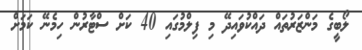
ލޯބީގެ މަންޒަރުތައް ދައްކުވައިދޭ މި ފިލްމުގައި 40 ކަށް ސްޓާރުން ހިމެނޭ ކަމަށް